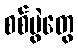
စစ်ပွဲတွေ